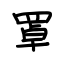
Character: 罩